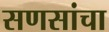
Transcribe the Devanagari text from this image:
सणसांचा